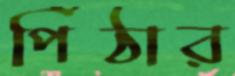
পিঁঠার